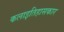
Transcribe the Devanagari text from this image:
कलाइतिहासकार